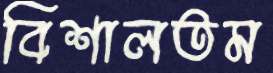
বিশালতম